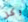
وكل